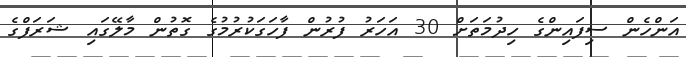
އަންހެން ސިފައިންގެ ހިދުމަތަށް 30 އަހަރު ފުރުން ފާހަގަކުރުމުގެ ގޮތުން މާލޭގައި ޝަރަފްގެ